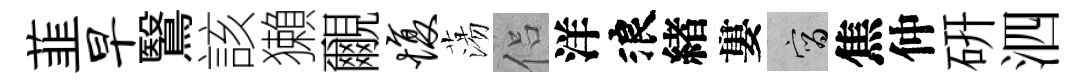
韮早鷖該獺覼愎蕩侣洋浪緖婁宵焦仲硏泗